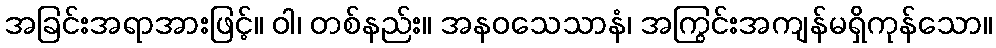
အခြင်းအရာအားဖြင့်။ ဝါ၊ တစ်နည်း။ အနဝသေသာနံ၊ အကြွင်းအကျန်မရှိကုန်သော။